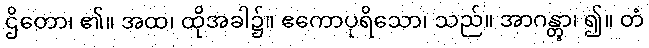
ဌိတော၊ ၏။ အထ၊ ထိုအခါ၌။ ဧကောပုရိသော၊ သည်။ အာဂန္တွာ၊ ၍။ တံ